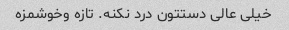
خیلی عالی دستتون درد نکنه. تازه وخوشمزه